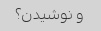
و نوشیدن؟